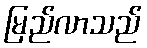
မြည်လာသည်